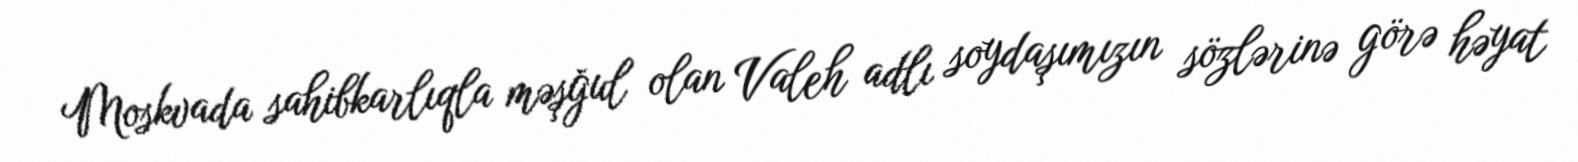
Moskvada sahibkarlıqla məşğul olan Valeh adlı soydaşımızın sözlərinə görə həyat